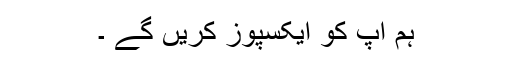
ہم آپ کو ایکسپوز کریں گے ۔